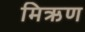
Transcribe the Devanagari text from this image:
मिऋण